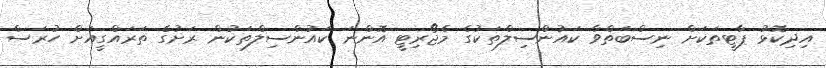
އިދިކޮޅު ޕާޓީތަކަށް ނިސްބަތްވާ ކައުންސިލްތަކުގެ މެޖޯރިޓީ އޮންނަ ކައުންސިލްތަކުން ރަށުގެ ތަރައްގީއަށް ހުރަސް